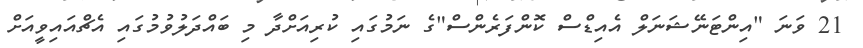
21 ވަނަ "އިންޓަނޭޝަނަލް އެއިޑްސް ކޮންފަރެންސް"ގެ ނަމުގައި ކުރިއަށްދާ މި ބައްދަލުވުމުގައި އެޗްއައިވީއަށް